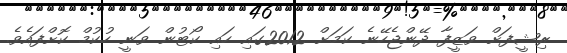
ރިޝީފަށް ވަޒީފާ ދޭންޖެހޭނެ ކަމަށް 2012ގައި ހައި ކޯޓުން ވަނީ ހުކުމް ކޮށްފައެވެ.